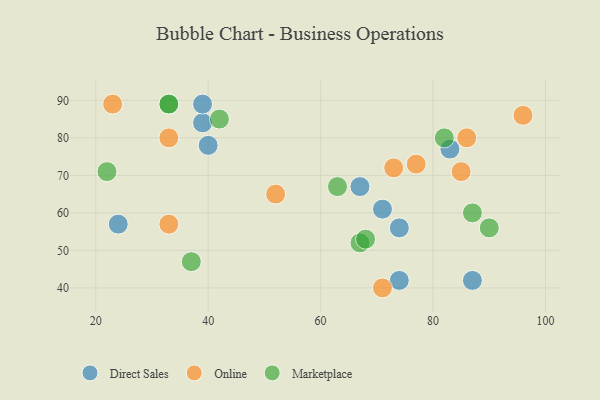
{"axis": {"x": "GDP", "y": "Life Expectancy"}, "legend": ["Direct Sales", "Marketplace", "Online"], "data": [{"x": "83", "y": 77, "type": "Direct Sales"}, {"x": "40", "y": 78, "type": "Direct Sales"}, {"x": "74", "y": 42, "type": "Direct Sales"}, {"x": "87", "y": 42, "type": "Direct Sales"}, {"x": "39", "y": 84, "type": "Direct Sales"}, {"x": "67", "y": 67, "type": "Direct Sales"}, {"x": "39", "y": 89, "type": "Direct Sales"}, {"x": "24", "y": 57, "type": "Direct Sales"}, {"x": "74", "y": 56, "type": "Direct Sales"}, {"x": "71", "y": 61, "type": "Direct Sales"}, {"x": "86", "y": 80, "type": "Online"}, {"x": "73", "y": 72, "type": "Online"}, {"x": "23", "y": 89, "type": "Online"}, {"x": "33", "y": 80, "type": "Online"}, {"x": "33", "y": 57, "type": "Online"}, {"x": "77", "y": 73, "type": "Online"}, {"x": "52", "y": 65, "type": "Online"}, {"x": "71", "y": 40, "type": "Online"}, {"x": "85", "y": 71, "type": "Online"}, {"x": "96", "y": 86, "type": "Online"}, {"x": "67", "y": 52, "type": "Marketplace"}, {"x": "42", "y": 85, "type": "Marketplace"}, {"x": "37", "y": 47, "type": "Marketplace"}, {"x": "87", "y": 60, "type": "Marketplace"}, {"x": "68", "y": 53, "type": "Marketplace"}, {"x": "63", "y": 67, "type": "Marketplace"}, {"x": "33", "y": 89, "type": "Marketplace"}, {"x": "90", "y": 56, "type": "Marketplace"}, {"x": "82", "y": 80, "type": "Marketplace"}, {"x": "33", "y": 89, "type": "Marketplace"}, {"x": "22", "y": 71, "type": "Marketplace"}]}